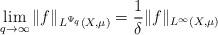
LaTeX: \begin{align*} \lim_{q\rightarrow \infty} \|f\|_{L^{\Psi_q}(X,\mu)} =\frac{1}{\delta}\|f\|_{L^\infty(X,\mu)}\end{align*}